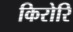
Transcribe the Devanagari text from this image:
किरोरि